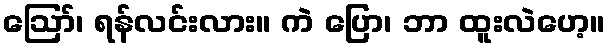
ဪ၊ ရန်လင်းလား။ ကဲ ပြော၊ ဘာ ထူးလဲဟေ့။